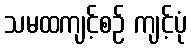
သမထကျင့်စဉ် ကျင့်ပုံ